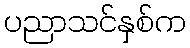
ပညာသင်နှစ်က